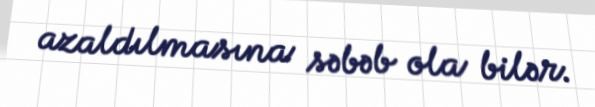
azaldılmasına səbəb ola bilər.